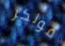
فولكر